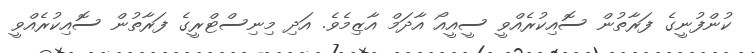
ކުންފުނީގެ ފަރާތުން ސޮއިކުރެއްވީ ސީއީއޯ އާދަމް އާޒިމެވެ. އަދި މިނިސްޓްރީގެ ފަރާތުން ސޮއިކުރެއްވީ